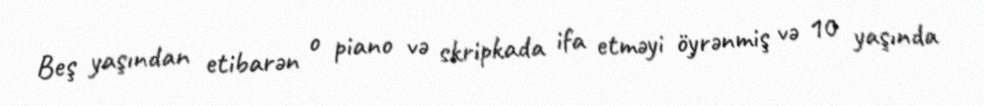
Beş yaşından etibarən o piano və skripkada ifa etməyi öyrənmiş və 10 yaşında